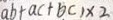
a b + a c + b c ) \times 2